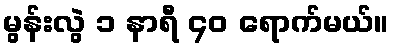
မွန်းလွဲ ၁ နာရီ ၄၀ ရောက်မယ်။